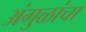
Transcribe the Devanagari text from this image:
अंगुळांचा